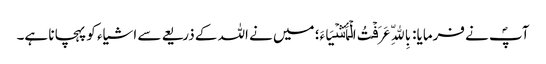
آپؐ نے فرمایا: بِاللّهِ عَرَفۡتُ الۡأَشۡیَاءَ؛ میں نے اللہ کے ذریعے سے اشیاء کو پہچانا ہے۔